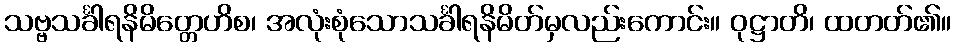
သဗ္ဗသင်္ခါရနိမိတ္တေဟိစ၊ အလုံးစုံသောသင်္ခါရနိမိတ်မှလည်းကောင်း။ ဝုဋ္ဌာတိ၊ ထတတ်၏။